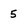
Character: 5